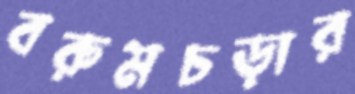
বরুমচড়ার